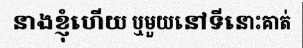
នាងខ្ញុំហើយ ឬមួយនៅទីនោះគាត់